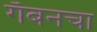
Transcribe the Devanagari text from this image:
गॅबनचा